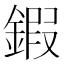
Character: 鍜